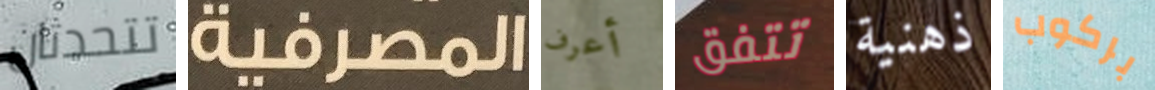
تتحدثان المصرفية أعرف تتفق ذهنية بركوب